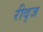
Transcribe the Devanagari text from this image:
रीद्ज